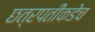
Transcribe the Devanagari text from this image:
छत्रपतींकडेच